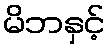
မိဘနှင့်